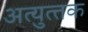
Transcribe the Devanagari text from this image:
अत्‍युत्‍तक